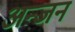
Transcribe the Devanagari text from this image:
अन्जन